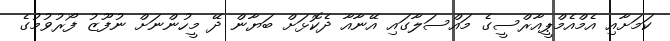
ކަމަށާއި އެމްއެމްޕީއާރްސީގެ މައްސަލާގައި އޭނާއާ ދެކޮޅަށް ބަޔާން ދޭ މީހުންނަށް ނުފޫޒު ފޯރުވުމުގެ